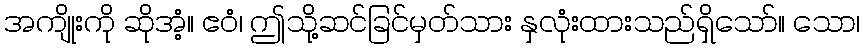
အကျိုးကို ဆိုအံ့။ ဧဝံ၊ ဤသို့ဆင်ခြင်မှတ်သား နှလုံးထားသည်ရှိသော်။ သော၊